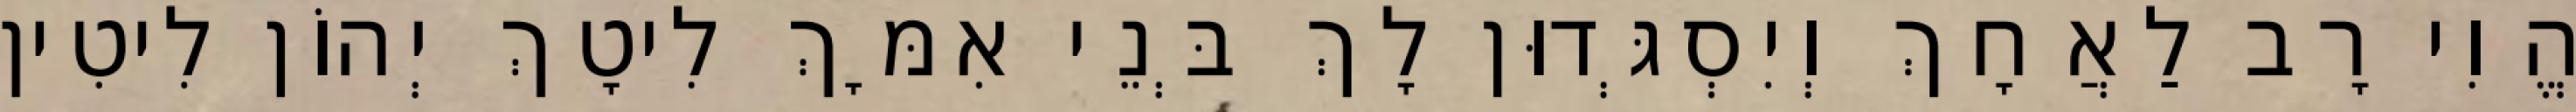
הֱוִי רָב לַאֲחָךְ וְיִסְגְּדוּן לָךְ בְּנֵי אִמָּךְ לִיטָךְ יְהוֹן לִיטִין